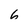
Character: 6